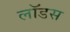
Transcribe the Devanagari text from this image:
लॉडस